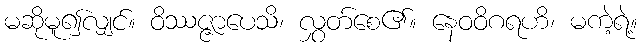
မဆိုမူ၍လျှင်။ ဝိဿဇ္ဇာပေသိ၊ လွှတ်စေ၏။ နေဝဝိဂရဟိ၊ မကဲ့ရဲ့။